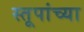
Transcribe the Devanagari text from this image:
स्तूपांच्या